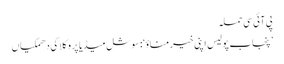
پی آئی سی حملہ
’پنجاب پولیس اپنی خیر مناؤ‘: سوشل میڈیا پر وکلا کی دھمکیاں